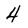
Character: 4